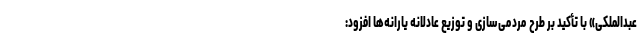
عبدالملکی» با تأکید بر طرح مردمی‌سازی و توزیع عادلانه یارانه‌ها افزود: